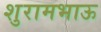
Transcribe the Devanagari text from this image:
शुरामभाऊ